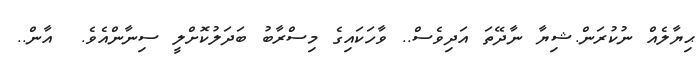
ޙިޔާލެއް ނުކުރަން.ޝިޔާ ނާދޭތަ އަދިވެސް.. ވާހަކައިގެ މިސްރާބު ބަދަލުކޮށްލީ ސިނާންއެވެ.  އާން..